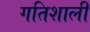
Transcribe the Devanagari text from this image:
गतिशाली